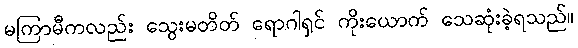
မကြာမီကလည်း သွေးမတိတ် ရောဂါရှင် ကိုးယောက် သေဆုံးခဲ့ရသည်။